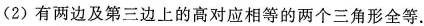
(2)有两边及第三边上的高对应相等的两个三角形全等.